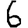
Digit: 6